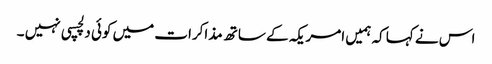
اس نے کہا کہ ہمیں امریکہ کے ساتھ مذاکرات میں کوئی دلچسپی نہیں ۔